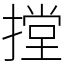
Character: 摚